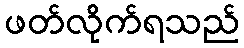
ဖတ်လိုက်ရသည်